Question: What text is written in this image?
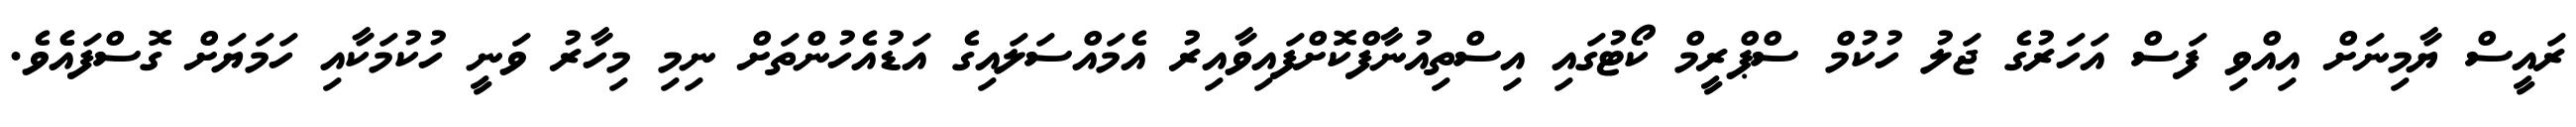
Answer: ރައީސް ޔާމިނަށް އިއްވި ފަސް އަހަރުގެ ޖަލު ހުކުމް ސްޕްރީމް ކޯޓުގައި އިސްތިއުނާފްކޮށްފައިވާއިރު އެމައްސަލައިގެ އަޑުއެހުންތަށް ނިމި މިހާރު ވަނީ ހުކުމަކާއި ހަމަޔަށް ގޮސްފައެެވެ.